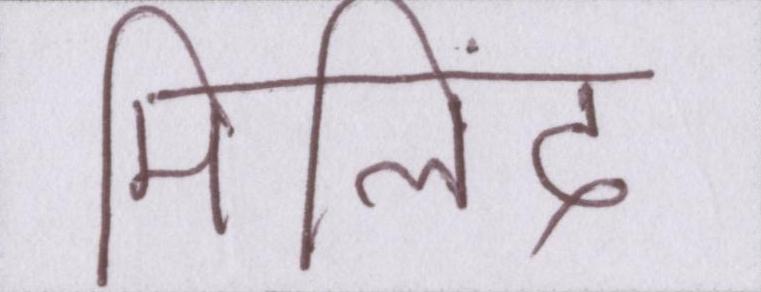
मिलिंद